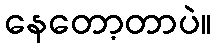
နေတော့တာပဲ။